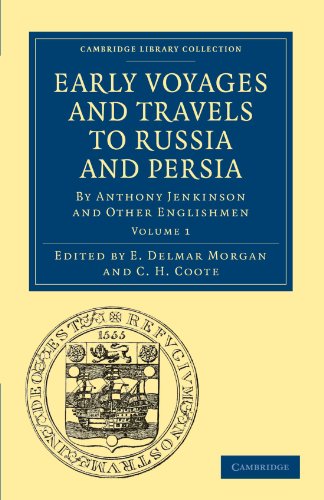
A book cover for Early Voyages and Travels to Russia and Persia: By Anthony Jenkinson and Other Englishmen (Cambridge Library Collection - Hakluyt First Series); Travel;